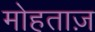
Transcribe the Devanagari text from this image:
मोहताज़